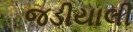
જડીયાલી